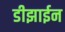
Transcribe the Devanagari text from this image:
डीझाईन